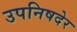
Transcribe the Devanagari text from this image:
उपनिषदेर